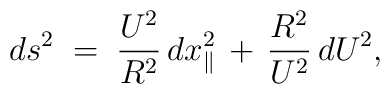
ds^{2}\;=\;\frac{U^{2}}{R^{2}}\,dx_{\parallel}^{2}\,+\,\frac{R^{2}}{U^{2}}\,dU^{2},